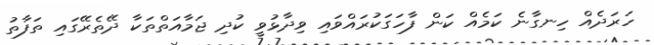
ހަރަދެއް ހިނގާނެ ކަމެއް ކަން ފާހަގަކުރައްވައި ވިދާޅުވީ ކުދި ޖަމާއަތްތަކާ ދޭތެރޭގައި ތަފާތު